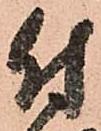
付